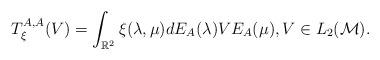
LaTeX: \begin{align*}T_{\xi}^{A,A}(V)=\int_{\mathbb{R}^2}\xi(\lambda,\mu)dE_A(\lambda)VE_A(\mu),V\in L_2(\mathcal{M}).\end{align*}